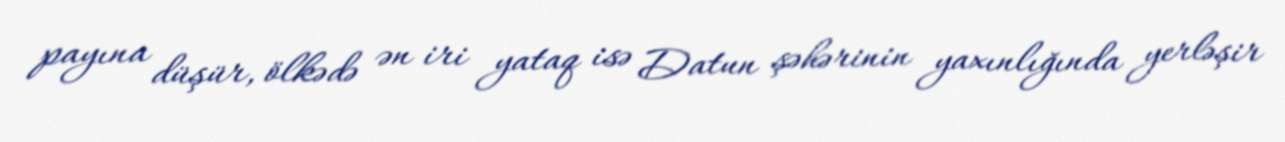
payına düşür, ölkədə ən iri yataq isə Datun şəhərinin yaxınlığında yerləşir